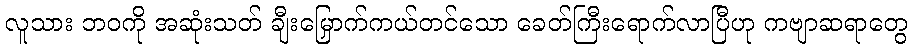
လူသား ဘဝကို အဆုံးသတ် ချီးမြှောက်ကယ်တင်သော ခေတ်ကြီးရောက်လာပြီဟု ကဗျာဆရာတွေ